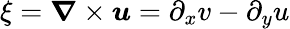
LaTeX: \xi=\boldsymbol{\nabla}\times\boldsymbol{u}=\partial_{x}v-\partial_{y}u